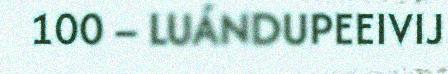
100 – LUÁNDUPEEIVIJ